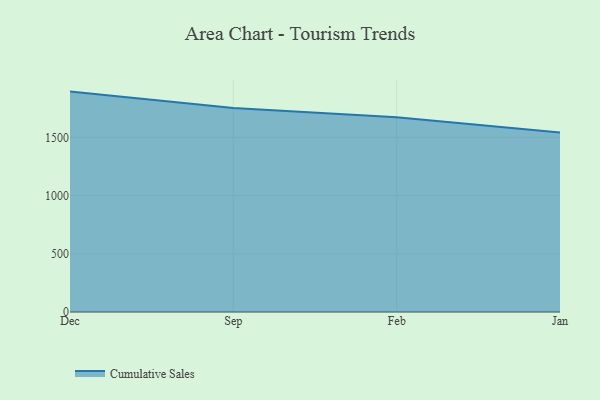
{"axis": {"x": "Month", "y": "Inventory Turnover"}, "legend": ["Cumulative Sales"], "data": [{"x": "Dec", "y": 1892.5, "type": "Cumulative Sales"}, {"x": "Sep", "y": 1750.9, "type": "Cumulative Sales"}, {"x": "Feb", "y": 1672.0, "type": "Cumulative Sales"}, {"x": "Jan", "y": 1541.8, "type": "Cumulative Sales"}]}